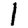
Digit: 1